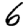
Digit: 6